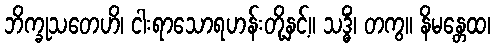
ဘိက္ခုသတေဟိ၊ ငါးရာသောရဟန်းတို့နှင့်။ သဒ္ဓိံ၊ တကွ။ နိမန္တေထ၊